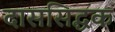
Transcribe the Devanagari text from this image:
दाससिद्धक